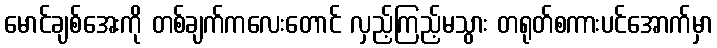
မောင်ချစ်အေးကို တစ်ချက်ကလေးတောင် လှည့်ကြည့်မသွား တရုတ်စကားပင်အောက်မှာ